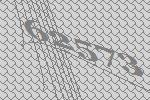
62573